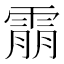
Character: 䨜